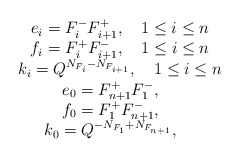
\begin{align*}\begin{array}{c} e_{i}= F_{i}^{-} F_{i+1}^{+},~~~ 1 \le i \le n \\ f_{i}= F_{i}^{+} F_{i+1}^{-},~~~ 1 \le i \le n \\ k_{i}= Q^{N_{F_{i}}- N_{F_{i+1}}},~~~ 1 \le i \le n \\ e_{0}= F_{n+1}^{+} F_{1}^{-},~~~ \\ f_{0}= F_{1}^{+} F_{n+1}^{-},~~~ \\ k_{0}= Q^{-N_{F_{1}}+ N_{F_{n+1}}},~~~ \\ \end{array}\end{align*}